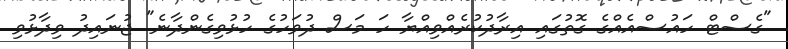
"ގެސްޓް ހައުސްއެއްގެ ގޮތުގައި އިރާދުކުރެއްވިއްޔާ ހަ މަސް ދުވަހުގެ ހުޅުވިގެންދާނެ" ޖުނައިދު ވިދާޅުވި